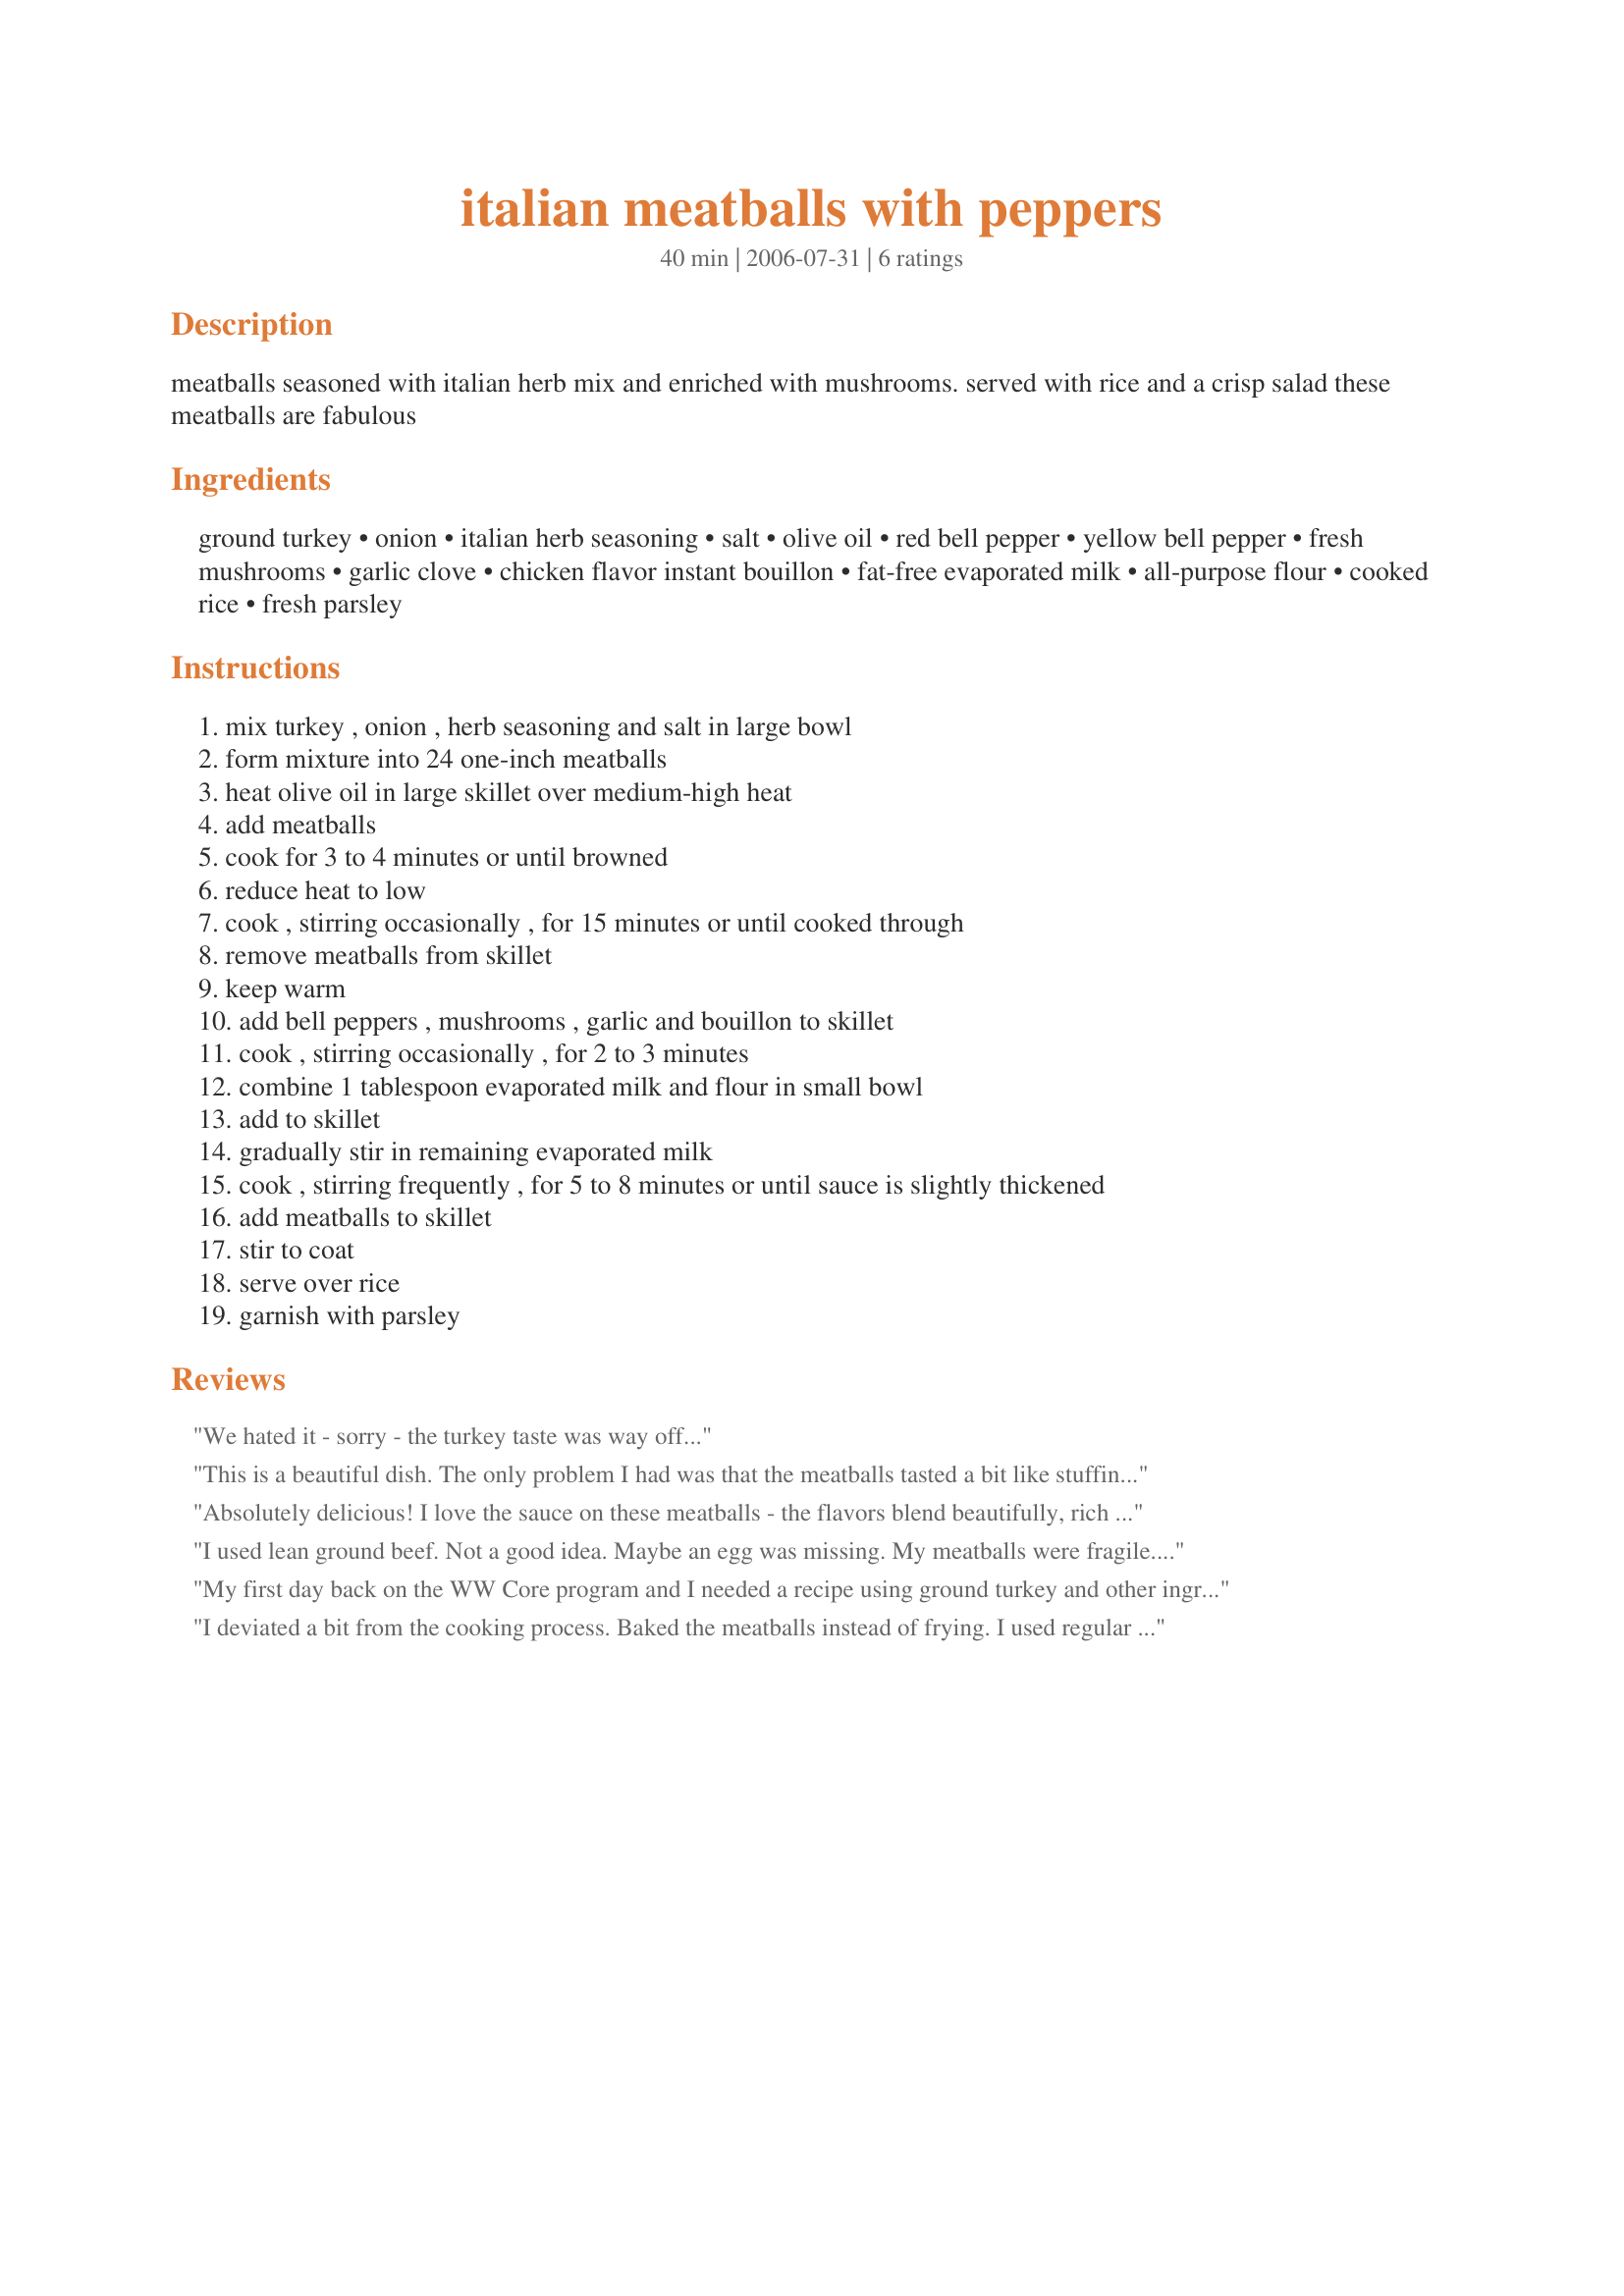
italian meatballs with peppers
Preparation time: 40 minutes

meatballs seasoned with italian herb mix and enriched with mushrooms. served with rice and a crisp salad these meatballs are fabulous

Ingredients:
ground turkey, onion, italian herb seasoning, salt, olive oil, red bell pepper, yellow bell pepper, fresh mushrooms, garlic clove, chicken flavor instant bouillon, fat-free evaporated milk, all-purpose flour, cooked rice, fresh parsley

Steps:
mix turkey , onion , herb seasoning and salt in large bowl
form mixture into 24 one-inch meatballs
heat olive oil in large skillet over medium-high heat
add meatballs
cook for 3 to 4 minutes or until browned
reduce heat to low
cook , stirring occasionally , for 15 minutes or until cooked through
remove meatballs from skillet
keep warm
add bell peppers , mushrooms , garlic and bouillon to skillet
cook , stirring occasionally , for 2 to 3 minutes
combine 1 tablespoon evaporated milk and flour in small bowl
add to skillet
gradually stir in remaining evaporated milk
cook , stirring frequently , for 5 to 8 minutes or until sauce is slightly thickened
add meatballs to skillet
stir to coat
serve over rice
garnish with parsley

Reviews:
We hated it - sorry - the turkey taste was way off...
This is a beautiful dish. The only problem I had was that the meatballs tasted a bit like stuffing. Next time I will make my own Italian seasoning. The gravy is absolutely delicious and creamy. I have never used evaporated milk in this way before but it won't be the last time. Thanks for sharing this lovely recipe.
Absolutely delicious! I love the sauce on these meatballs - the flavors blend beautifully, rich and creamy without being too heavy. This dish was fantastic!!
I used lean ground beef. Not a good idea. Maybe an egg was missing. My meatballs were fragile. I was not able to find fresh ground turket at the market. I used green and red peppers. Half and half cream for half quantity requested and the remaining it was milk. I omitted the flour. I had to cook a few more minutes cause the peppers were not tender. It's so good :P Thanks Annacia :) Made for 123 hit wonders.
My first day back on the WW Core program and I needed a recipe using ground turkey and other ingredients on hand. Since I was captivated by the idea of miniature meatballs, I decided to carry the theme throughout the preparation. So my dish included baby yellow and red peppers sliced into rings and baby cremini mushrooms halved; and stirred in 1 cup of chopped baby spinach to introduce some extra vegetables and color. Instead of flour, I used arrowroot to thicken the sauce (0 points) and served this on whole wheat pasta, stirred into the sauce just before serving. The dish was just wonderful with a beautiful blend of seasonings and textures. And the sauce, a marvelous silky texture suggesting cream, just as silky, but lighter on the palette as well as the waistline. A definite keeper. Thanks Annacia!
I deviated a bit from the cooking process. Baked the meatballs instead of frying. I used regular milk and just combined the flour/chicken bouillon with it before adding to the rest of the sauteed ingredients in the pan. Made a nice sauce. I also combined everything with some egg noodles instead of serving over rice. Worked out just fine. :)
